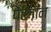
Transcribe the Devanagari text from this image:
पेंटगॉन